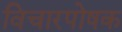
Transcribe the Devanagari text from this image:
विचारपोषक